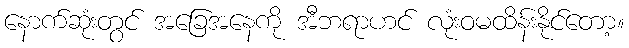
နောက်ဆုံးတွင် အခြေအနေကို အီဘရာဟင် လုံးဝမထိန်းနိုင်တော့။